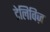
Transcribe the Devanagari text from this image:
टेलिविज़